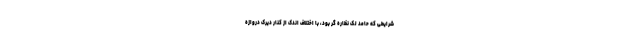
شرایطی که حامد لک نظاره گر بود، با اختلاف اندک از کنار دیرک دروازه